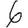
Digit: 6